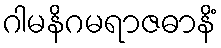
ဂါမနိဂမရာဇဓာနိံ